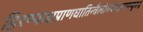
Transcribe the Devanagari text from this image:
हिरण्याक्षप्राणघातिन्त्रैलोक्येमङ्गलम्कुरु॥